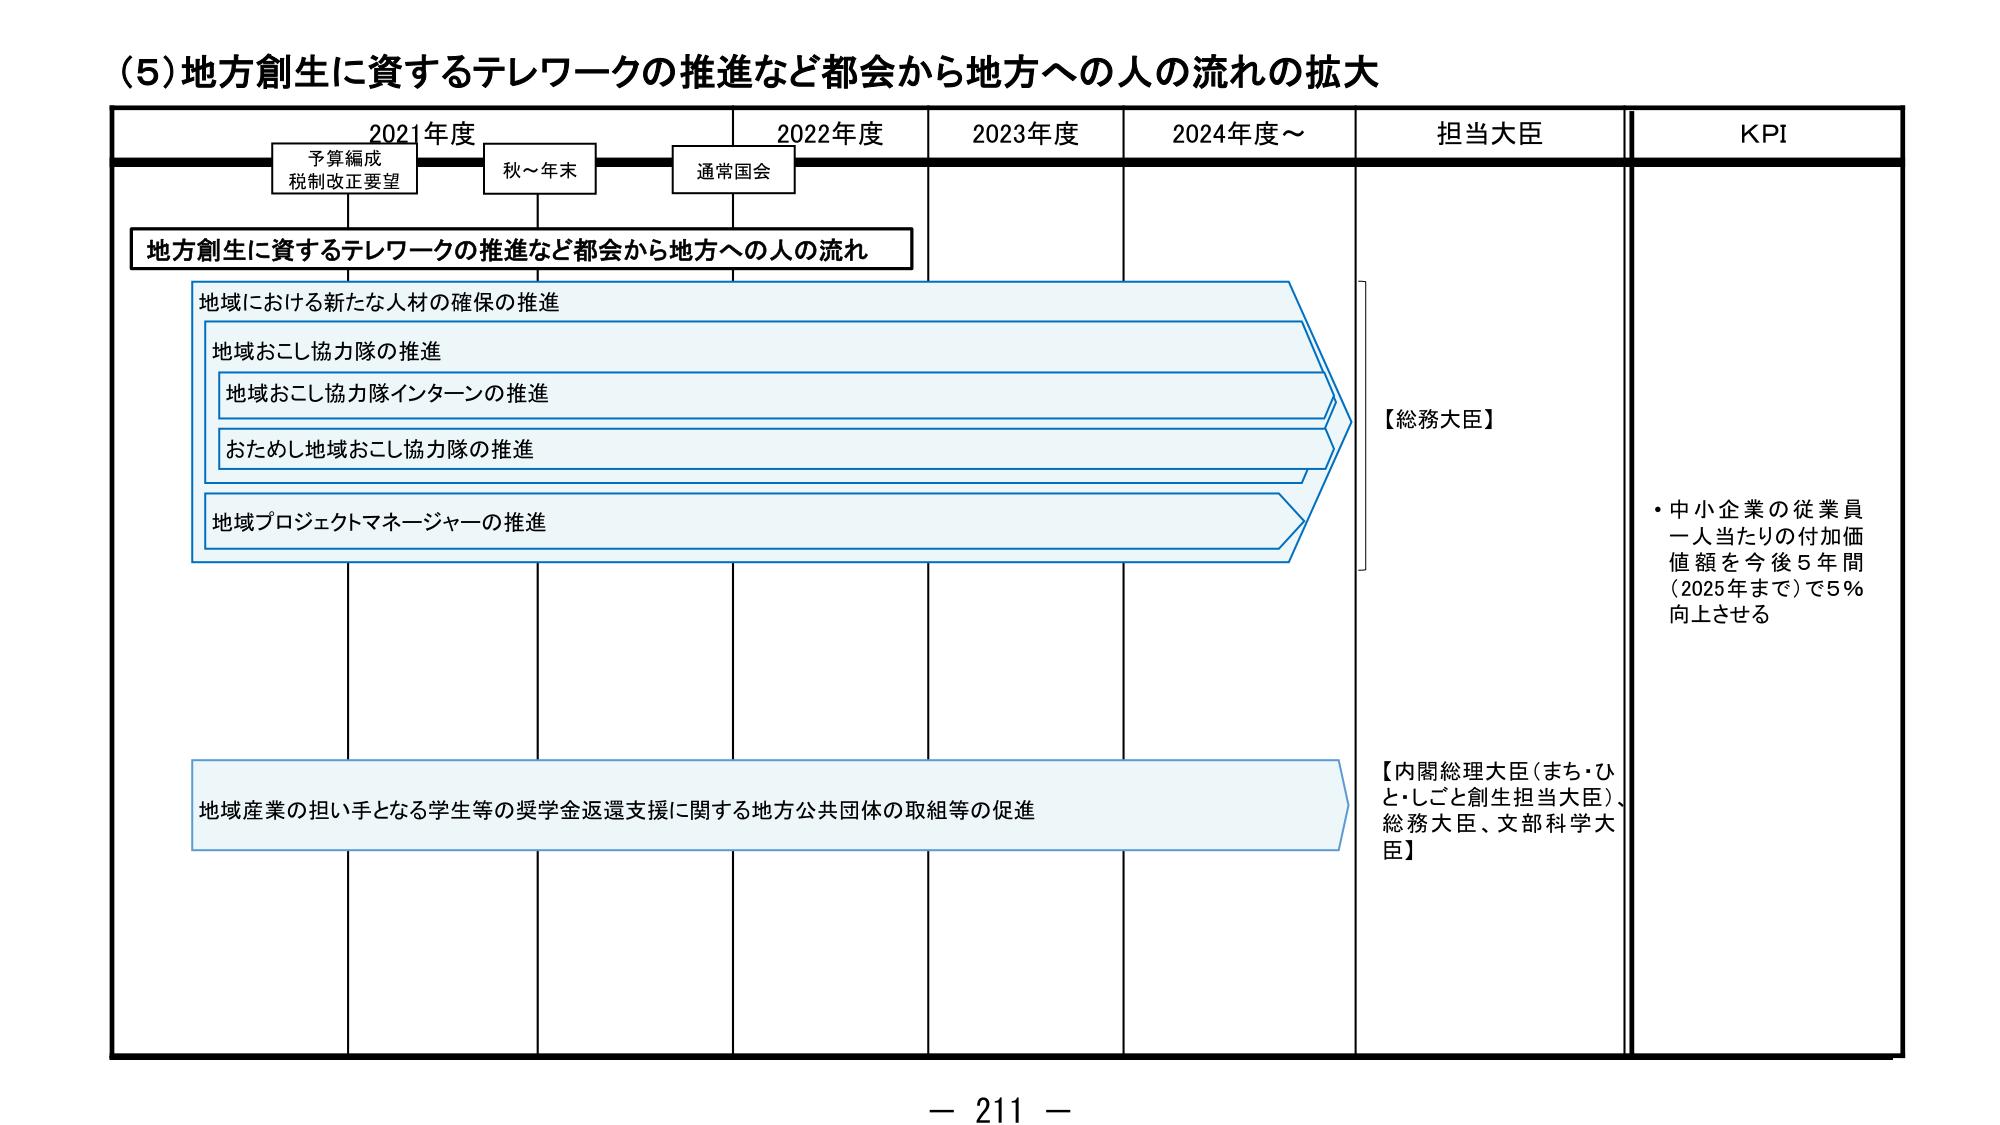
(5)地方創生に資するテレワークの推進など都会から地方への人の流れの拡大

2021年度
予算編成
税制改正要望
秋～年末
通常国会

2022年度
2023年度
2024年度～

担当大臣
KPI

地方創生に資するテレワークの推進など都会から地方への人の流れ

地域における新たな人材の確保の推進
地域おこし協力隊の推進
地域おこし協力隊インターンの推進
おためし地域おこし協力隊の推進
地域プロジェクトマネージャーの推進

地域産業の担い手となる学生等の奨学金返還支援に関する地方公共団体の取組等の促進

【総務大臣】

【内閣総理大臣（まち・ひと・しごと創生担当大臣）、総務大臣、文部科学大臣】

・中小企業の従業員一人当たりの付加価値額を今後5年間（2025年まで）で5％向上させる

－ 211 －